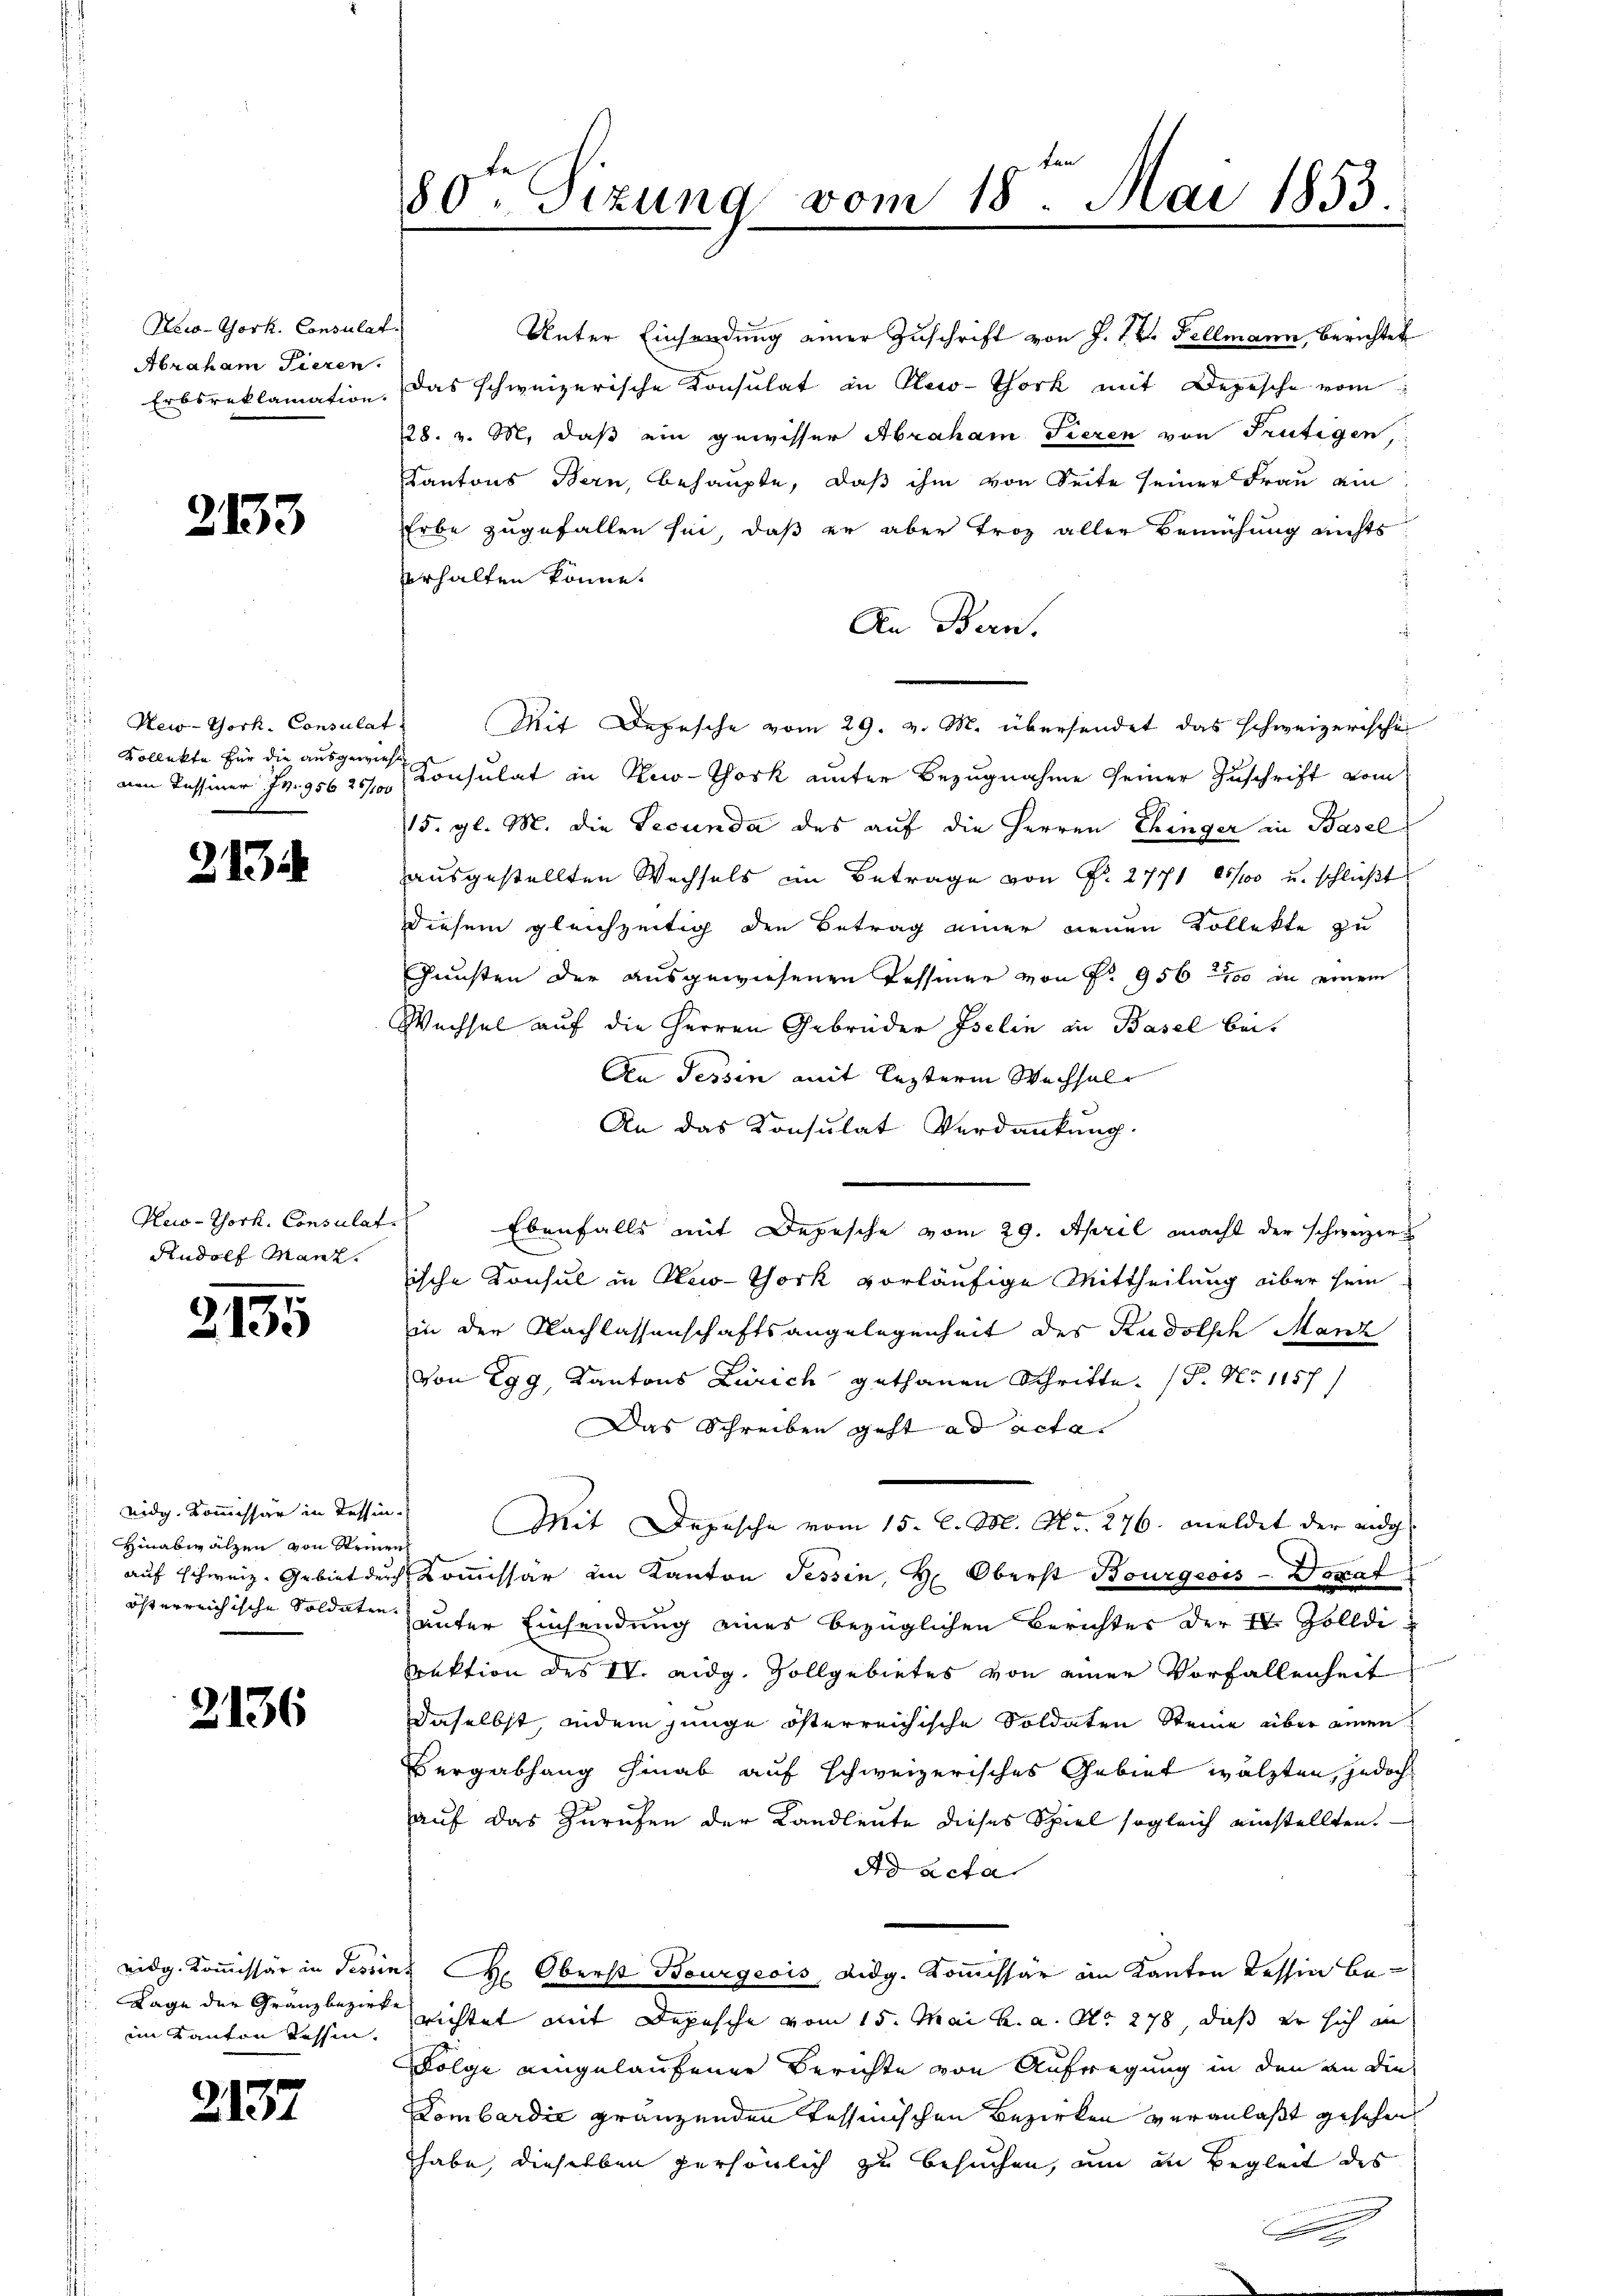
New-York. Consulat
Abraham Tieren.
Erbsreklamation.

2133

New-York, Consulat
 Kollekte für die ausgewies
nen Tessiner Fr. 956 25/100

213

New-York, Consulat
Rudolf Manz.

2135

nidg. Kommissär in Tessin.
Hinabwälzen von Strinen
auf Schweiz. Gebiet durch
österreichische Soldaten.

2136

eidg. Kommissar in Tessin
Lage der Granz bezirk
im Kanton dessen.

2137

80ten Sizung vom 18. Mai 1853.

Unter Einsendung einer Zuschrift von J. 17. Fellmann, Berichtet
das schweizerische Konsulat in New-York mit Depesche vom
28. v. M. daß ein gewisser Abraham Tieren von Frutigen
Kantons Bern, behaupte, daß ihm von Seite seiner Frau am
Erbe zugefallen hin, daß er aber troz aller Bemühung nichts
erhalten könne.
An Bern.
Mit Depesche vom 29. v. M. übersendet das schweizerische
Consulat in New-York unter Bezugnahme seiner Zuschrift vom
15. gl. M. die Secunda des auf die Herren Chinger in Basel
ausgestellten Wechsels im Betrage von N. 2771 25/10 u. schlaßt
diesem gleichzeitig den Betrag einer neuen Kollekte zu
Gunsten der ausgewiesenen Tessiner von Fr. 956 10 in einem
Wechsel auf die Herren Gebrüder Iselin an Basel bei.
An Tessin mit lezterm Wechselr
An das Konsulat Verdankung.
Ebenfalls mit Depesche vom 29. April macht der schweizers
ische Konsul in New-York vorläufige Mittheilung über sein
in den Nachlassenschaftsangelegenheit des Rudolsch Manz
von Egg Kantons Zürich gethanen Schritte (§ No 1157
Das Schreiben geht ad acta
Mit Depesche vom 15. l. M. Nr. 276. meldet der eidg. |
Kommissär im Kanton Tessin, H. Oberst Bourgsois-Vorrat
unter Einsendung eines bezüglichen Berichtes der IV. Zolldi
Srektion des IV. eidg. Zollgebietes von einer Vorfallenheit
daselbst indem junge österreichische Soldaten Steine über einen
Bergabhang hinab auf schweizerisches Gebiet wälzten, jedoch
auf das Zurufen der Landleute dieses Spiel sogleich einstellten.
Ad acta
. Oberst Bourgeois, Didg. Kommissar im Kanton Tessin berichtet mit Depesche vom 15. Mai h. a. No. 278, daß er sich in
Folge eingelaufener Berichte von Aufregung in den an die
Dombardić gränzenden Tessinischen Bezirken veranlaßt gesehen
habe, dieselben persönlich zu besuchen, um in Begleit des